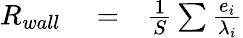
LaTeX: \begin{array}{rlr}{R_{wall}}&{{}=}&{\frac{1}{S}\sum\frac{e_{i}}{\lambda_{i}}}\end{array}